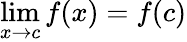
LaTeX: \lim\limits_{x\rightarrow c}f(x)=f(c)